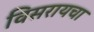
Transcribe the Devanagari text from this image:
विसरायचा